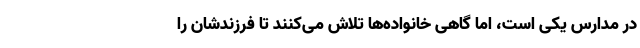
در مدارس یکی است، اما گاهی خانواده‌ها تلاش می‌کنند تا فرزندشان را